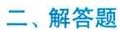
二、解答题